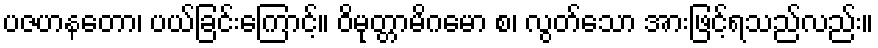
ပဇဟနတော၊ ပယ်ခြင်းကြောင့်။ ဝိမုတ္တာမိဂမော စ၊ လွတ်သော အားဖြင့်ရသည်လည်း။